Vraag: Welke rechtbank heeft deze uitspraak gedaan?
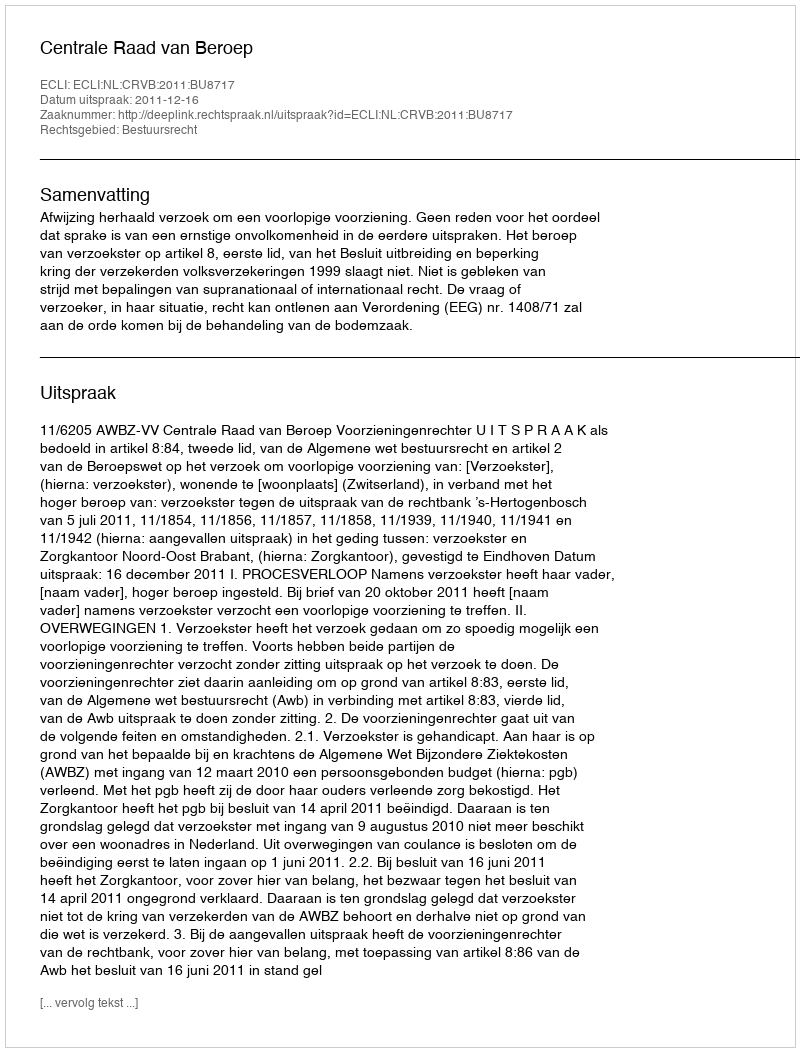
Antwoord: Centrale Raad van Beroep